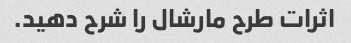
اثرات طرح مارشال را شرح دهید.